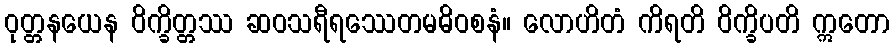
ဝုတ္တနယေန ဝိက္ခိတ္တဿ ဆဝသရီရဿေတမဓိဝစနံ။ လောဟိတံ ကိရတိ ဝိက္ခိပတိ ဣတော